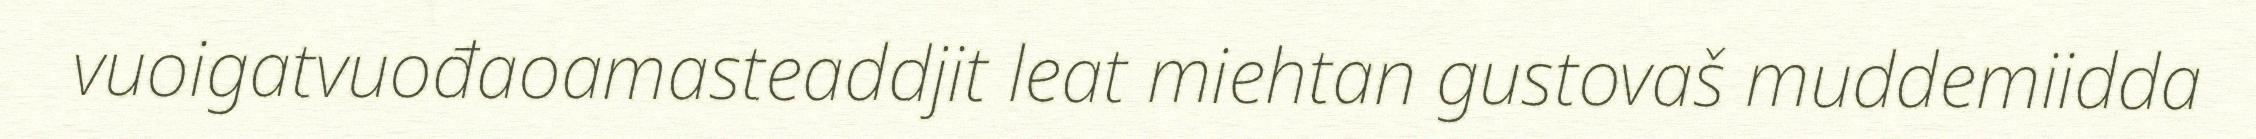
vuoigatvuođaoamasteaddjit leat miehtan gustovaš muddemiidda